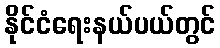
နိုင်ငံရေးနယ်ပယ်တွင်